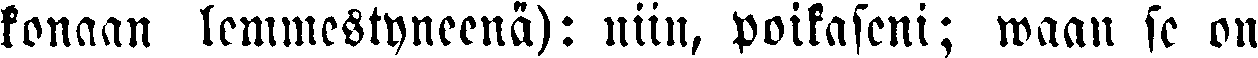
konaan lemmestyneenä): niin, poikaseni; waan se on